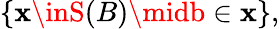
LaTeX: \{ \mathbf{x}\inS(B)\midb\in\mathbf{x}\} ,